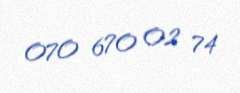
070 670 02 74